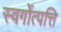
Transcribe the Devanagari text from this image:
स्वर्गोत्पत्ति